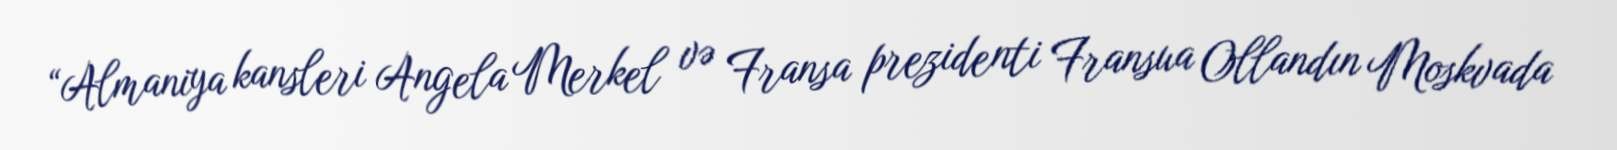
“Almaniya kansleri Angela Merkel və Fransa prezidenti Fransua Ollandın Moskvada